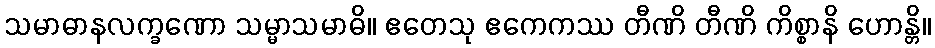
သမာဓာနလက္ခဏော သမ္မာသမာဓိ။ ဧတေသု ဧကေကဿ တီဏိ တီဏိ ကိစ္စာနိ ဟောန္တိ။